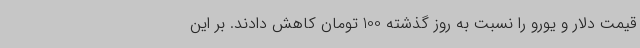
قیمت دلار و یورو را نسبت به روز گذشته 100 تومان کاهش دادند. بر این